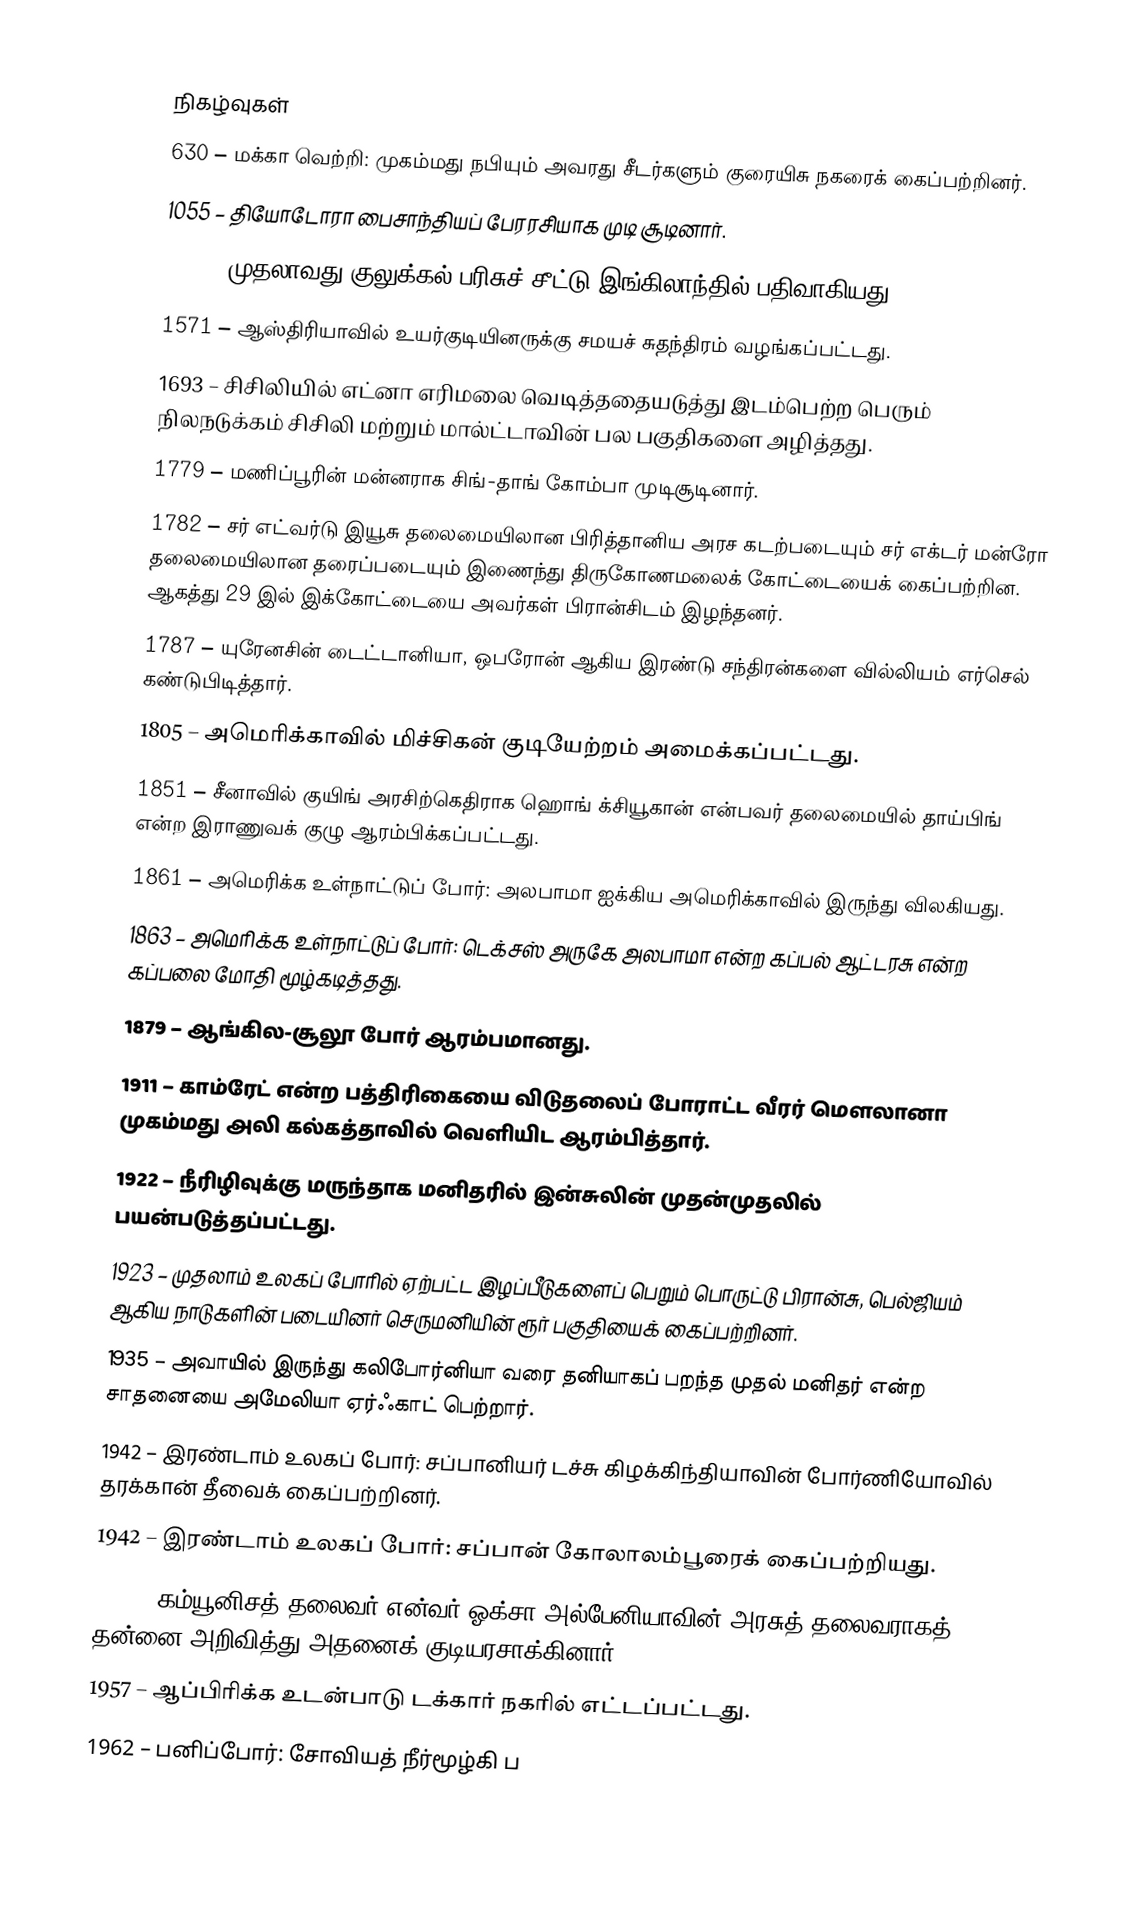

நிகழ்வுகள்
 630 – மக்கா வெற்றி: முகம்மது நபியும் அவரது சீடர்களும் குரையிசு நகரைக் கைப்பற்றினர்.
1055 – தியோடோரா பைசாந்தியப் பேரரசியாக முடி சூடினார்.
1569 – முதலாவது குலுக்கல் பரிசுச் சீட்டு இங்கிலாந்தில் பதிவாகியது.
1571 – ஆஸ்திரியாவில் உயர்குடியினருக்கு சமயச் சுதந்திரம் வழங்கப்பட்டது.
1693 – சிசிலியில் எட்னா எரிமலை வெடித்ததையடுத்து இடம்பெற்ற பெரும் நிலநடுக்கம் சிசிலி மற்றும் மால்ட்டாவின் பல பகுதிகளை அழித்தது.
1779 – மணிப்பூரின் மன்னராக சிங்-தாங் கோம்பா முடிசூடினார்.
1782 – சர் எட்வர்டு இயூசு தலைமையிலான பிரித்தானிய அரச கடற்படையும் சர் எக்டர் மன்ரோ தலைமையிலான தரைப்படையும் இணைந்து திருகோணமலைக் கோட்டையைக் கைப்பற்றின. ஆகத்து 29 இல் இக்கோட்டையை அவர்கள் பிரான்சிடம் இழந்தனர்.
1787 – யுரேனசின் டைட்டானியா, ஒபரோன் ஆகிய இரண்டு சந்திரன்களை வில்லியம் எர்செல் கண்டுபிடித்தார்.
1805 – அமெரிக்காவில் மிச்சிகன் குடியேற்றம் அமைக்கப்பட்டது.
1851 – சீனாவில் குயிங் அரசிற்கெதிராக ஹொங் க்சியூகான் என்பவர் தலைமையில் தாய்பிங் என்ற இராணுவக் குழு ஆரம்பிக்கப்பட்டது.
1861 – அமெரிக்க உள்நாட்டுப் போர்: அலபாமா ஐக்கிய அமெரிக்காவில் இருந்து விலகியது.
1863 – அமெரிக்க உள்நாட்டுப் போர்: டெக்சஸ் அருகே அலபாமா என்ற கப்பல் ஆட்டரசு என்ற கப்பலை மோதி மூழ்கடித்தது.
1879 – ஆங்கில-சூலூ போர் ஆரம்பமானது.
1911 – காம்ரேட் என்ற பத்திரிகையை விடுதலைப் போராட்ட வீரர் மௌலானா முகம்மது அலி கல்கத்தாவில் வெளியிட ஆரம்பித்தார்.
1922 – நீரிழிவுக்கு மருந்தாக மனிதரில் இன்சுலின் முதன்முதலில் பயன்படுத்தப்பட்டது.
1923 – முதலாம் உலகப் போரில் ஏற்பட்ட இழப்பீடுகளைப் பெறும் பொருட்டு பிரான்சு, பெல்ஜியம் ஆகிய நாடுகளின் படையினர் செருமனியின் ரூர் பகுதியைக் கைப்பற்றினர்.
1935 – அவாயில் இருந்து கலிபோர்னியா வரை தனியாகப் பறந்த முதல் மனிதர் என்ற சாதனையை அமேலியா ஏர்ஃகாட் பெற்றார்.
1942 – இரண்டாம் உலகப் போர்: சப்பானியர் டச்சு கிழக்கிந்தியாவின் போர்ணியோவில் தரக்கான் தீவைக் கைப்பற்றினர்.
1942 – இரண்டாம் உலகப் போர்: சப்பான் கோலாலம்பூரைக் கைப்பற்றியது.
1946 – கம்யூனிசத் தலைவர் என்வர் ஓக்சா அல்பேனியாவின் அரசுத் தலைவராகத் தன்னை அறிவித்து அதனைக் குடியரசாக்கினார்.
1957 – ஆப்பிரிக்க உடன்பாடு டக்கார் நகரில் எட்டப்பட்டது.
1962 – பனிப்போர்: சோவியத் நீர்மூழ்கி ப